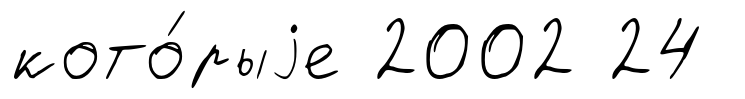
кото́рыjе 2002 24